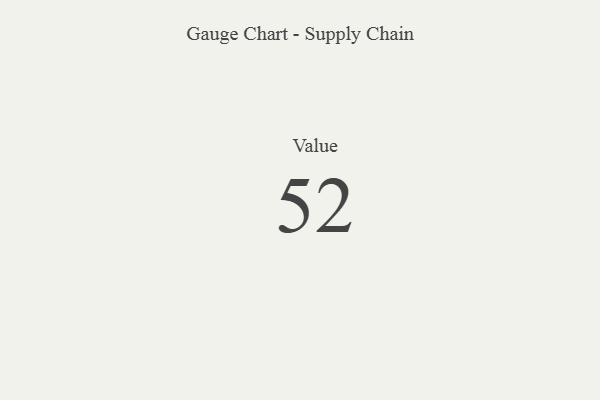
{"axis": {"x": "Metric", "y": "Value"}, "legend": [""], "data": [{"x": "Value", "y": 52, "type": ""}]}